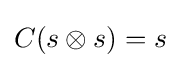
C(s\otimes s)=s